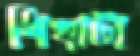
শিখাটা